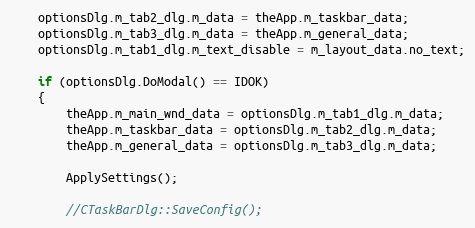
Language: C++
	optionsDlg.m_tab2_dlg.m_data = theApp.m_taskbar_data;
	optionsDlg.m_tab3_dlg.m_data = theApp.m_general_data;
	optionsDlg.m_tab1_dlg.m_text_disable = m_layout_data.no_text;

	if (optionsDlg.DoModal() == IDOK)
	{
		theApp.m_main_wnd_data = optionsDlg.m_tab1_dlg.m_data;
		theApp.m_taskbar_data = optionsDlg.m_tab2_dlg.m_data;
		theApp.m_general_data = optionsDlg.m_tab3_dlg.m_data;

		ApplySettings();

		//CTaskBarDlg::SaveConfig();